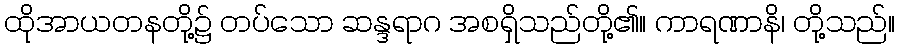
ထိုအာယတနတို့၌ တပ်သော ဆန္ဒရာဂ အစရှိသည်တို့၏။ ကာရဏာနိ၊ တို့သည်။